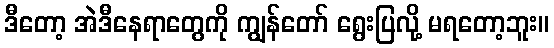
ဒီတော့ အဲဒီနေရာတွေကို ကျွန်တော် ရွေးပြလို့ မရတော့ဘူး။